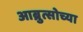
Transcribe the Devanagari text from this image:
आब्रुत्सोच्या